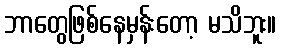
ဘာတွေဖြစ်နေမှန်းတော့ မသိဘူး။